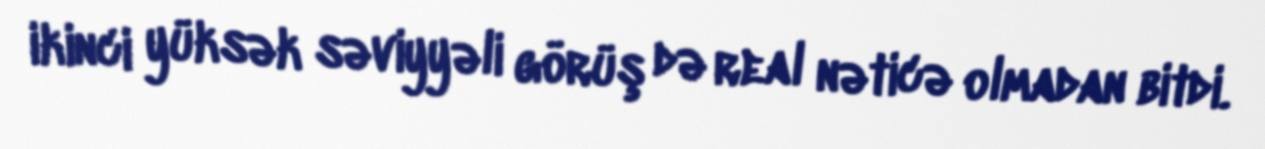
ikinci yüksək səviyyəli görüş də real nəticə olmadan bitdi.